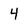
Character: 4